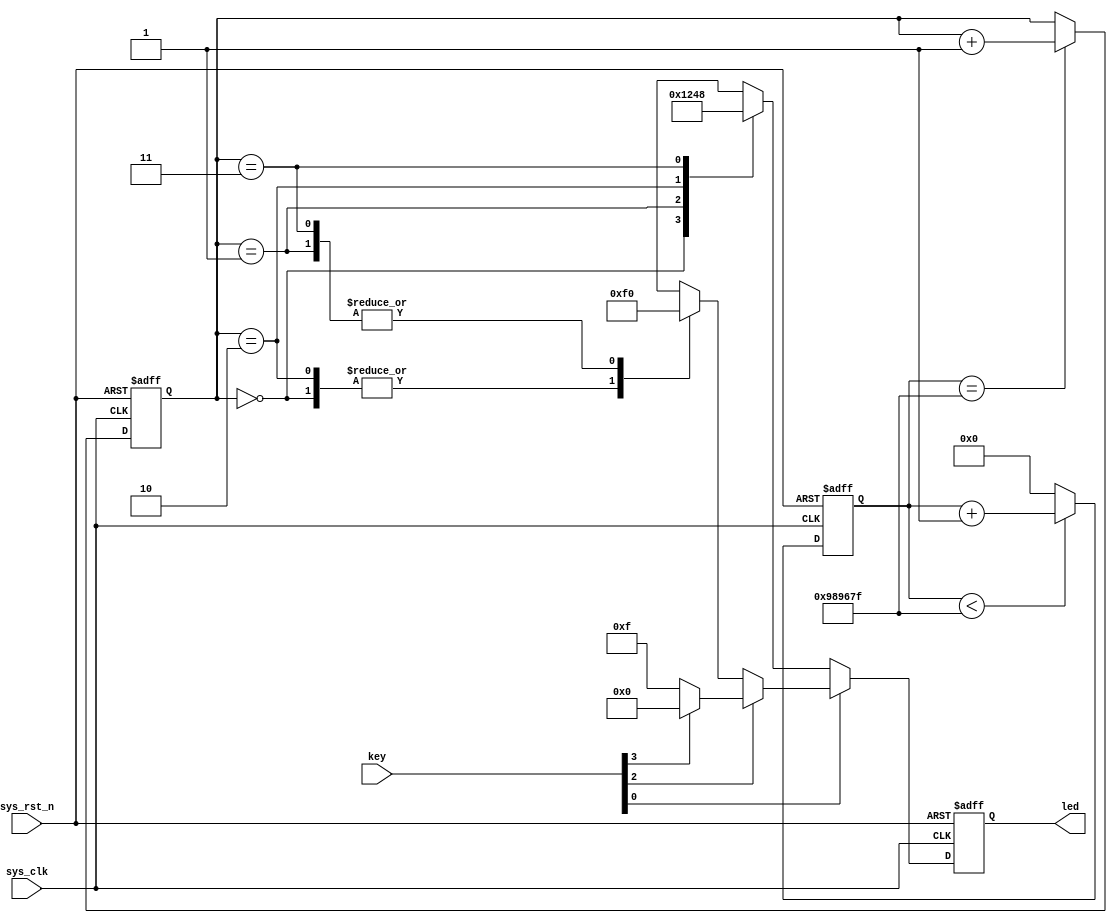
module key_new(
	input sys_clk,
	input sys_rst_n,
	input [3:0] key,
	output reg[3:0] led
);
reg [23:0] cnt;
reg [1:0] led_control1;

always @(posedge sys_clk , negedge sys_rst_n) begin//
	if(!sys_rst_n)
		cnt<=24'd9_999_999;
	else if(cnt<24'd9_999_999)
		cnt<=cnt +1;
	else 
		cnt<=0;
end
always @(posedge sys_clk or negedge sys_rst_n) begin
    if (!sys_rst_n)
        led_control1 <= 2'b00;
    else if(cnt == 24'd9_999_999) 
        led_control1 <= led_control1 + 1'b1;
    else
        led_control1 <= led_control1;
end

always @(posedge sys_clk , negedge sys_rst_n ) begin
	if(!sys_rst_n)
		led <=4'b0;
	else if(key[0]==0)
		case(led_control1)
			2'b00   : led<=4'b0001;
            2'b01   : led<=4'b0010;
            2'b10   : led<=4'b0100;
            2'b11   : led<=4'b1000;
            default  : led<=4'b0000;
		endcase
	else if(key[2]==0)
		case(led_control1)
		 2'b00   : led<=4'b1111;
         2'b01   : led<=4'b0000;
        2'b10   : led<=4'b1111;
          2'b11   : led<=4'b0000;
          default  : led<=4'b0000;
		endcase
	else if(key[3]==0)
		led<=4'b1111;
	else
		led<=4'b0000;


end


endmodule